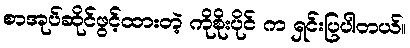
စာအုပ်ဆိုင်ဖွင့်ထားတဲ့ ကိုစိုးပိုင် က ရှင်းပြပါတယ်။